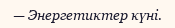
— Энергетиктер күні.